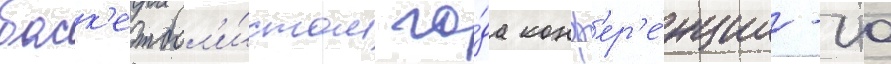
баск'етбол'и́стом го́да конф'ер'е́нции -10